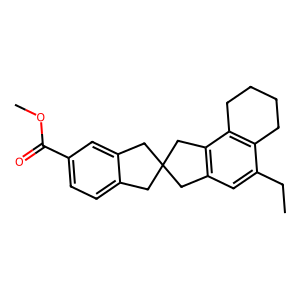
SMILES: CCc1cc2c(c3c1CCCC3)CC1(Cc3ccc(C(=O)OC)cc3C1)C2
Inhibits HIV replication: No